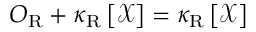
O _ { \mathrm { R } } + \boldsymbol { \kappa } _ { \mathrm { R } } \left[ \mathcal { X } \right] = \kappa _ { \mathrm { R } } \left[ \mathcal { X } \right]